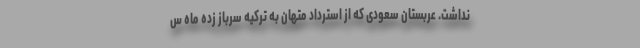
نداشت. عربستان سعودی که از استرداد متهان به ترکیه سرباز زده ماه س